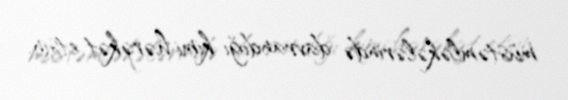
müstəmləkələrində davrandığı kimi hərəkət etsin.